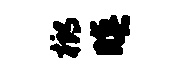
榔暝